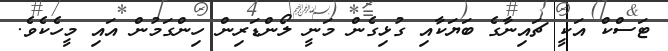
ޓަސްކް އަކީ ޗައިނާގެ ބަޔަކާއި ގުޅިގެން މަނީ ލޯންޑަރިން ހިންގަމުން އައި މީހެކެވެ.